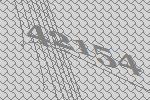
42154